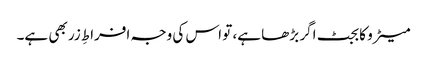
میٹرو کا بجٹ اگر بڑھا ہے، تو اس کی وجہ افراطِ زر بھی ہے۔